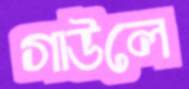
গাউলে